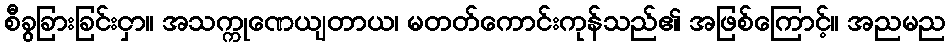
စီခွခြားခြင်းငှာ။ အသက္ကုဏေယျတာယ၊ မတတ်ကောင်းကုန်သည်၏ အဖြစ်ကြောင့်။ အညမည